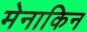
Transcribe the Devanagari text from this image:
मेनाकिन